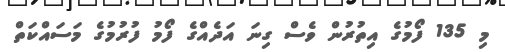
މި 135 ފޯމުގެ އިތުރުން ވެސް ގިނަ އަދެއްގެ ފޯމު ފުރުމުގެ މަސައްކަތް